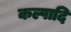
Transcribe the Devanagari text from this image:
कल्पादि